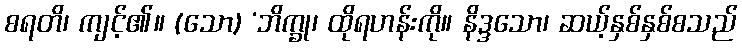
စရတိ၊ ကျင့်၏။ (သော) ‘ဘိက္ခု၊ ထိုရဟန်းကို။ နိဒ္ဒသော၊ ဆယ့်နှစ်နှစ်စသည်